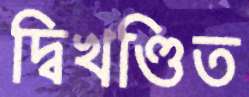
দ্বিখণ্ডিত